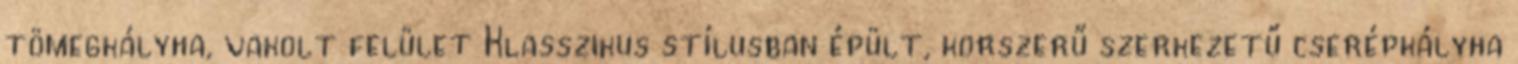
tömegkályha, vakolt felület Klasszikus stílusban épült, korszerű szerkezetű cserépkályha